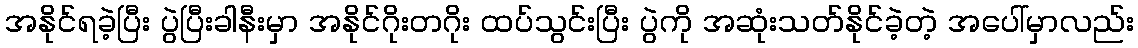
အနိုင်ရခဲ့ပြီး ပွဲပြီးခါနီးမှာ အနိုင်ဂိုးတဂိုး ထပ်သွင်းပြီး ပွဲကို အဆုံးသတ်နိုင်ခဲ့တဲ့ အပေါ်မှာလည်း